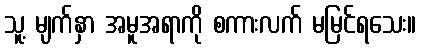
သူ့ မျက်နှာ အမူအရာကို စကားလက် မမြင်ရသေး။